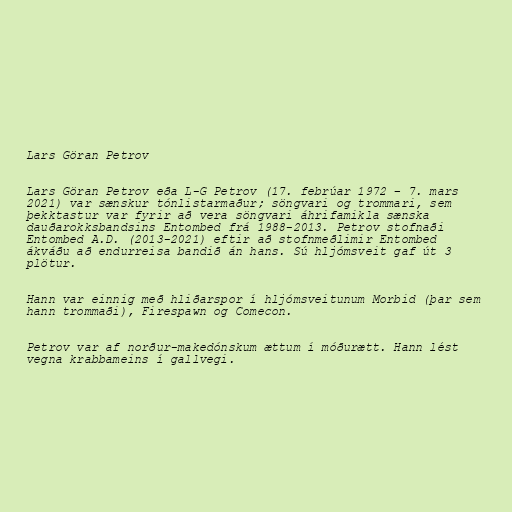
Lars Göran Petrov

Lars Göran Petrov eða L-G Petrov (17. febrúar 1972 – 7. mars
2021) var sænskur tónlistarmaður; söngvari og trommari, sem
þekktastur var fyrir að vera söngvari áhrifamikla sænska
dauðarokksbandsins Entombed frá 1988-2013. Petrov stofnaði
Entombed A.D. (2013-2021) eftir að stofnmeðlimir Entombed
ákváðu að endurreisa bandið án hans. Sú hljómsveit gaf út 3
plötur.

Hann var einnig með hliðarspor í hljómsveitunum Morbid (þar sem
hann trommaði), Firespawn og Comecon.

Petrov var af norður-makedónskum ættum í móðurætt. Hann lést
vegna krabbameins í gallvegi.